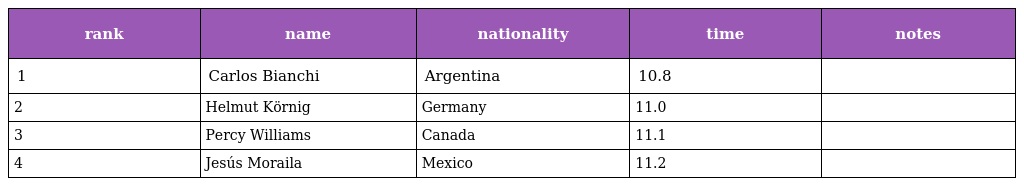
| rank | name | nationality | time | notes |
 | --- | --- | --- | --- | --- |
 | 1 | Carlos Bianchi | Argentina | 10.8 |  |
 | 2 | Helmut Körnig | Germany | 11.0 |  |
 | 3 | Percy Williams | Canada | 11.1 |  |
 | 4 | Jesús Moraila | Mexico | 11.2 |  |